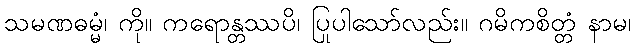
သမဏဓမ္မံ၊ ကို။ ကရောန္တဿပိ၊ ပြုပါသော်လည်း။ ဂမိကစိတ္တံ နာမ၊